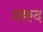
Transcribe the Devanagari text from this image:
प्रकद